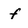
Character: f